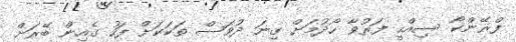
ފްޜޭންކޯ ސިއްހީ ފަރުވާ ހޯދުމަށް ގިނަ ދުވަސް ތަކަކަށް ފަހު ގެއިން ބޭރަށް